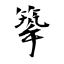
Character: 篫